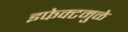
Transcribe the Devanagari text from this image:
इफेक्टमुळे